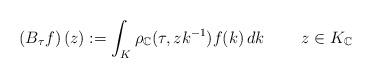
LaTeX: \begin{align*}\left( B_{\tau}f\right) (z):=\int_{K}\rho_{\mathbb{C}}(\tau,zk^{-1})f(k)\,dk\qquad\;z\in K_{\mathbb{C}} \end{align*}